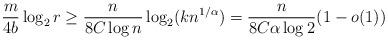
LaTeX: \begin{align*}\frac{m}{4b}\log_2{r} \ge \frac{n}{8C\log n}\log_2 (kn^{1/\alpha})=\frac{n}{8C\alpha\log 2}(1-o(1))\end{align*}